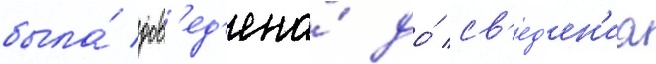
была́ дов'ед'ена́ до́ св'ед'ен'иа